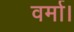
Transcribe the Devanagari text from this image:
वर्मा।